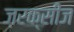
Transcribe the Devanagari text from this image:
ज़रक्सीज